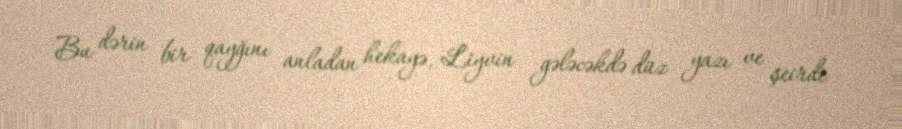
Bu dərin bir qayğını anladan hekayə, Liyvin gələcəkdə düz yazı ve şeirde